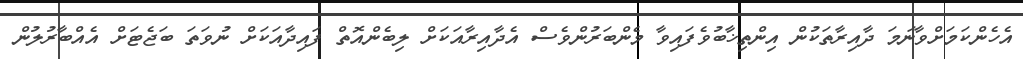
އެހެންކަމަށްވާނަމަ ދާއިރާތަކުން އިންތިޚާބުވެފައިވާ މެންބަރުންވެސް އެދާއިރާއަކަށް ލިބެންއޮތް ފައިދާއަކަށް ނުވަތަ ބަޖެޓަށް އެއްބާރުލުން